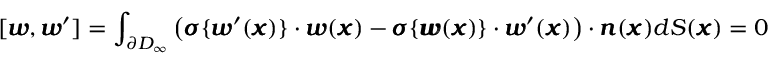
[ { \pmb w } , { \pmb w } ^ { \prime } ] = \int _ { \partial D _ { \infty } } \left( { \pmb \sigma } \{ { \pmb w } ^ { \prime } ( { \pmb x } ) \} \cdot { \pmb w } ( { \pmb x } ) - { \pmb \sigma } \{ { \pmb w } ( { \pmb x } ) \} \cdot { \pmb w } ^ { \prime } ( { \pmb x } ) \right) \cdot { \pmb n } ( { \pmb x } ) d S ( { \pmb x } ) = 0